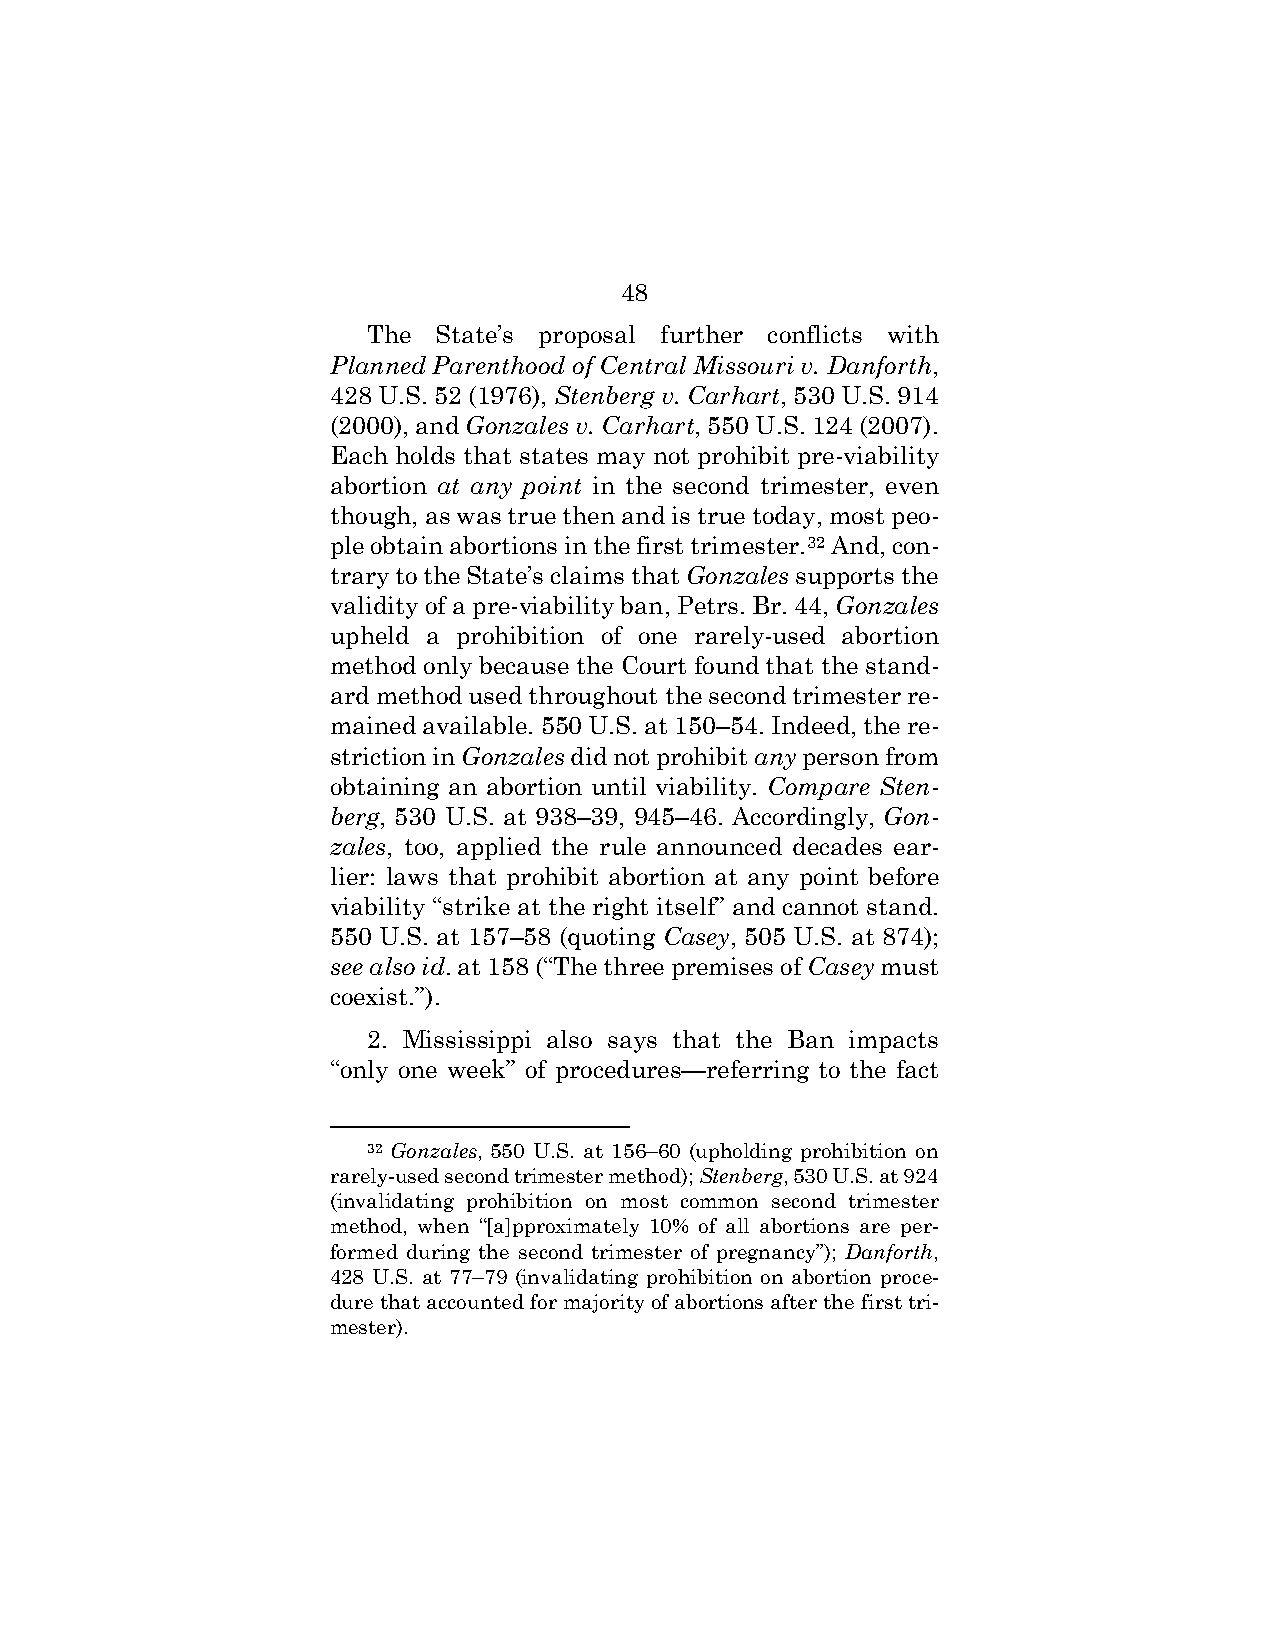
48
 The  State’s proposal further conflicts with
 Planned Parenthood of Central Missouri v. Danforth,
 428 U.S. 52 (1976), Stenberg v. Carhart, 530 U.S. 914
 (2000), and Gonzales v. Carhart, 550 U.S. 124 (2007).
 Each holds that states may not prohibit pre-viability
 abortion at any point in the second trimester, even
 though, as was true then and is true today, most peo-
 ple obtain abortions in the first trimester.32 And, con-
 trary to the State’s claims that Gonzales supports the
 validity of a pre-viability ban, Petrs. Br. 44, Gonzales
 upheld a prohibition of one rarely-used abortion
 method only because the Court found that the stand-
 ard method used throughout the second trimester re-
 mained available. 550 U.S. at 150–54. Indeed, the re-
 striction in Gonzales did not prohibit any person from
 obtaining an abortion until viability. Compare Sten-
 berg, 530 U.S. at 938–39, 945–46. Accordingly, Gon-
 zales, too, applied the rule announced decades ear-
 lier: laws that prohibit abortion at any point before
 viability “strike at the right itself” and cannot stand.
 550 U.S. at 157–58 (quoting Casey, 505 U.S. at 874);
 see also id. at 158 (“The three premises of Casey must
 coexist.”).
 2. Mississippi also says that the Ban impacts
 “only one week” of procedures—referring to the fact
 32 Gonzales, 550 U.S. at 156–60 (upholding prohibition on
 rarely-used second trimester method); Stenberg, 530 U.S. at 924
 (invalidating prohibition on most common second trimester
 method, when “[a]pproximately 10% of all abortions are per-
 formed during the second trimester of pregnancy”); Danforth,
 428 U.S. at 77–79 (invalidating prohibition on abortion proce-
 dure that accounted for majority of abortions after the first tri-
 mester).